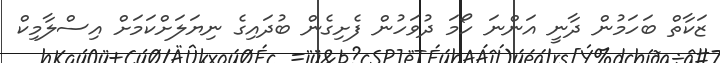
ޒަކާތް ބަހަމުން ދާނީ އަންނަ ހޯމަ ދުވަހުން ފެށިގެން ބުދައިގެ ނިޔަލަށްކަމަށް އިސްލާމިކް